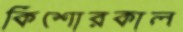
কিশোরকাল